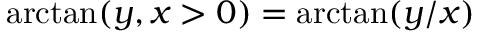
\arctan ( y , x > 0 ) = \arctan ( y / x )